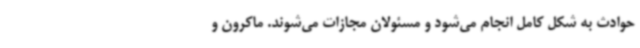
حوادث به شکل کامل انجام می‌شود و مسئولان مجازات می‌شوند. ماکرون و